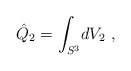
\begin{align*}\hat Q_2 = \int_{S^3}\! dV_2\ ,\end{align*}